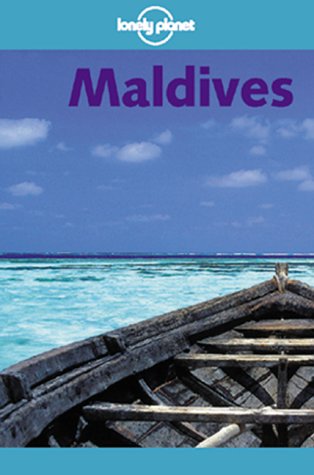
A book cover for Lonely Planet Maldives; James Lyon; Travel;